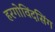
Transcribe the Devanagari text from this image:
हरगोविंदसिंग